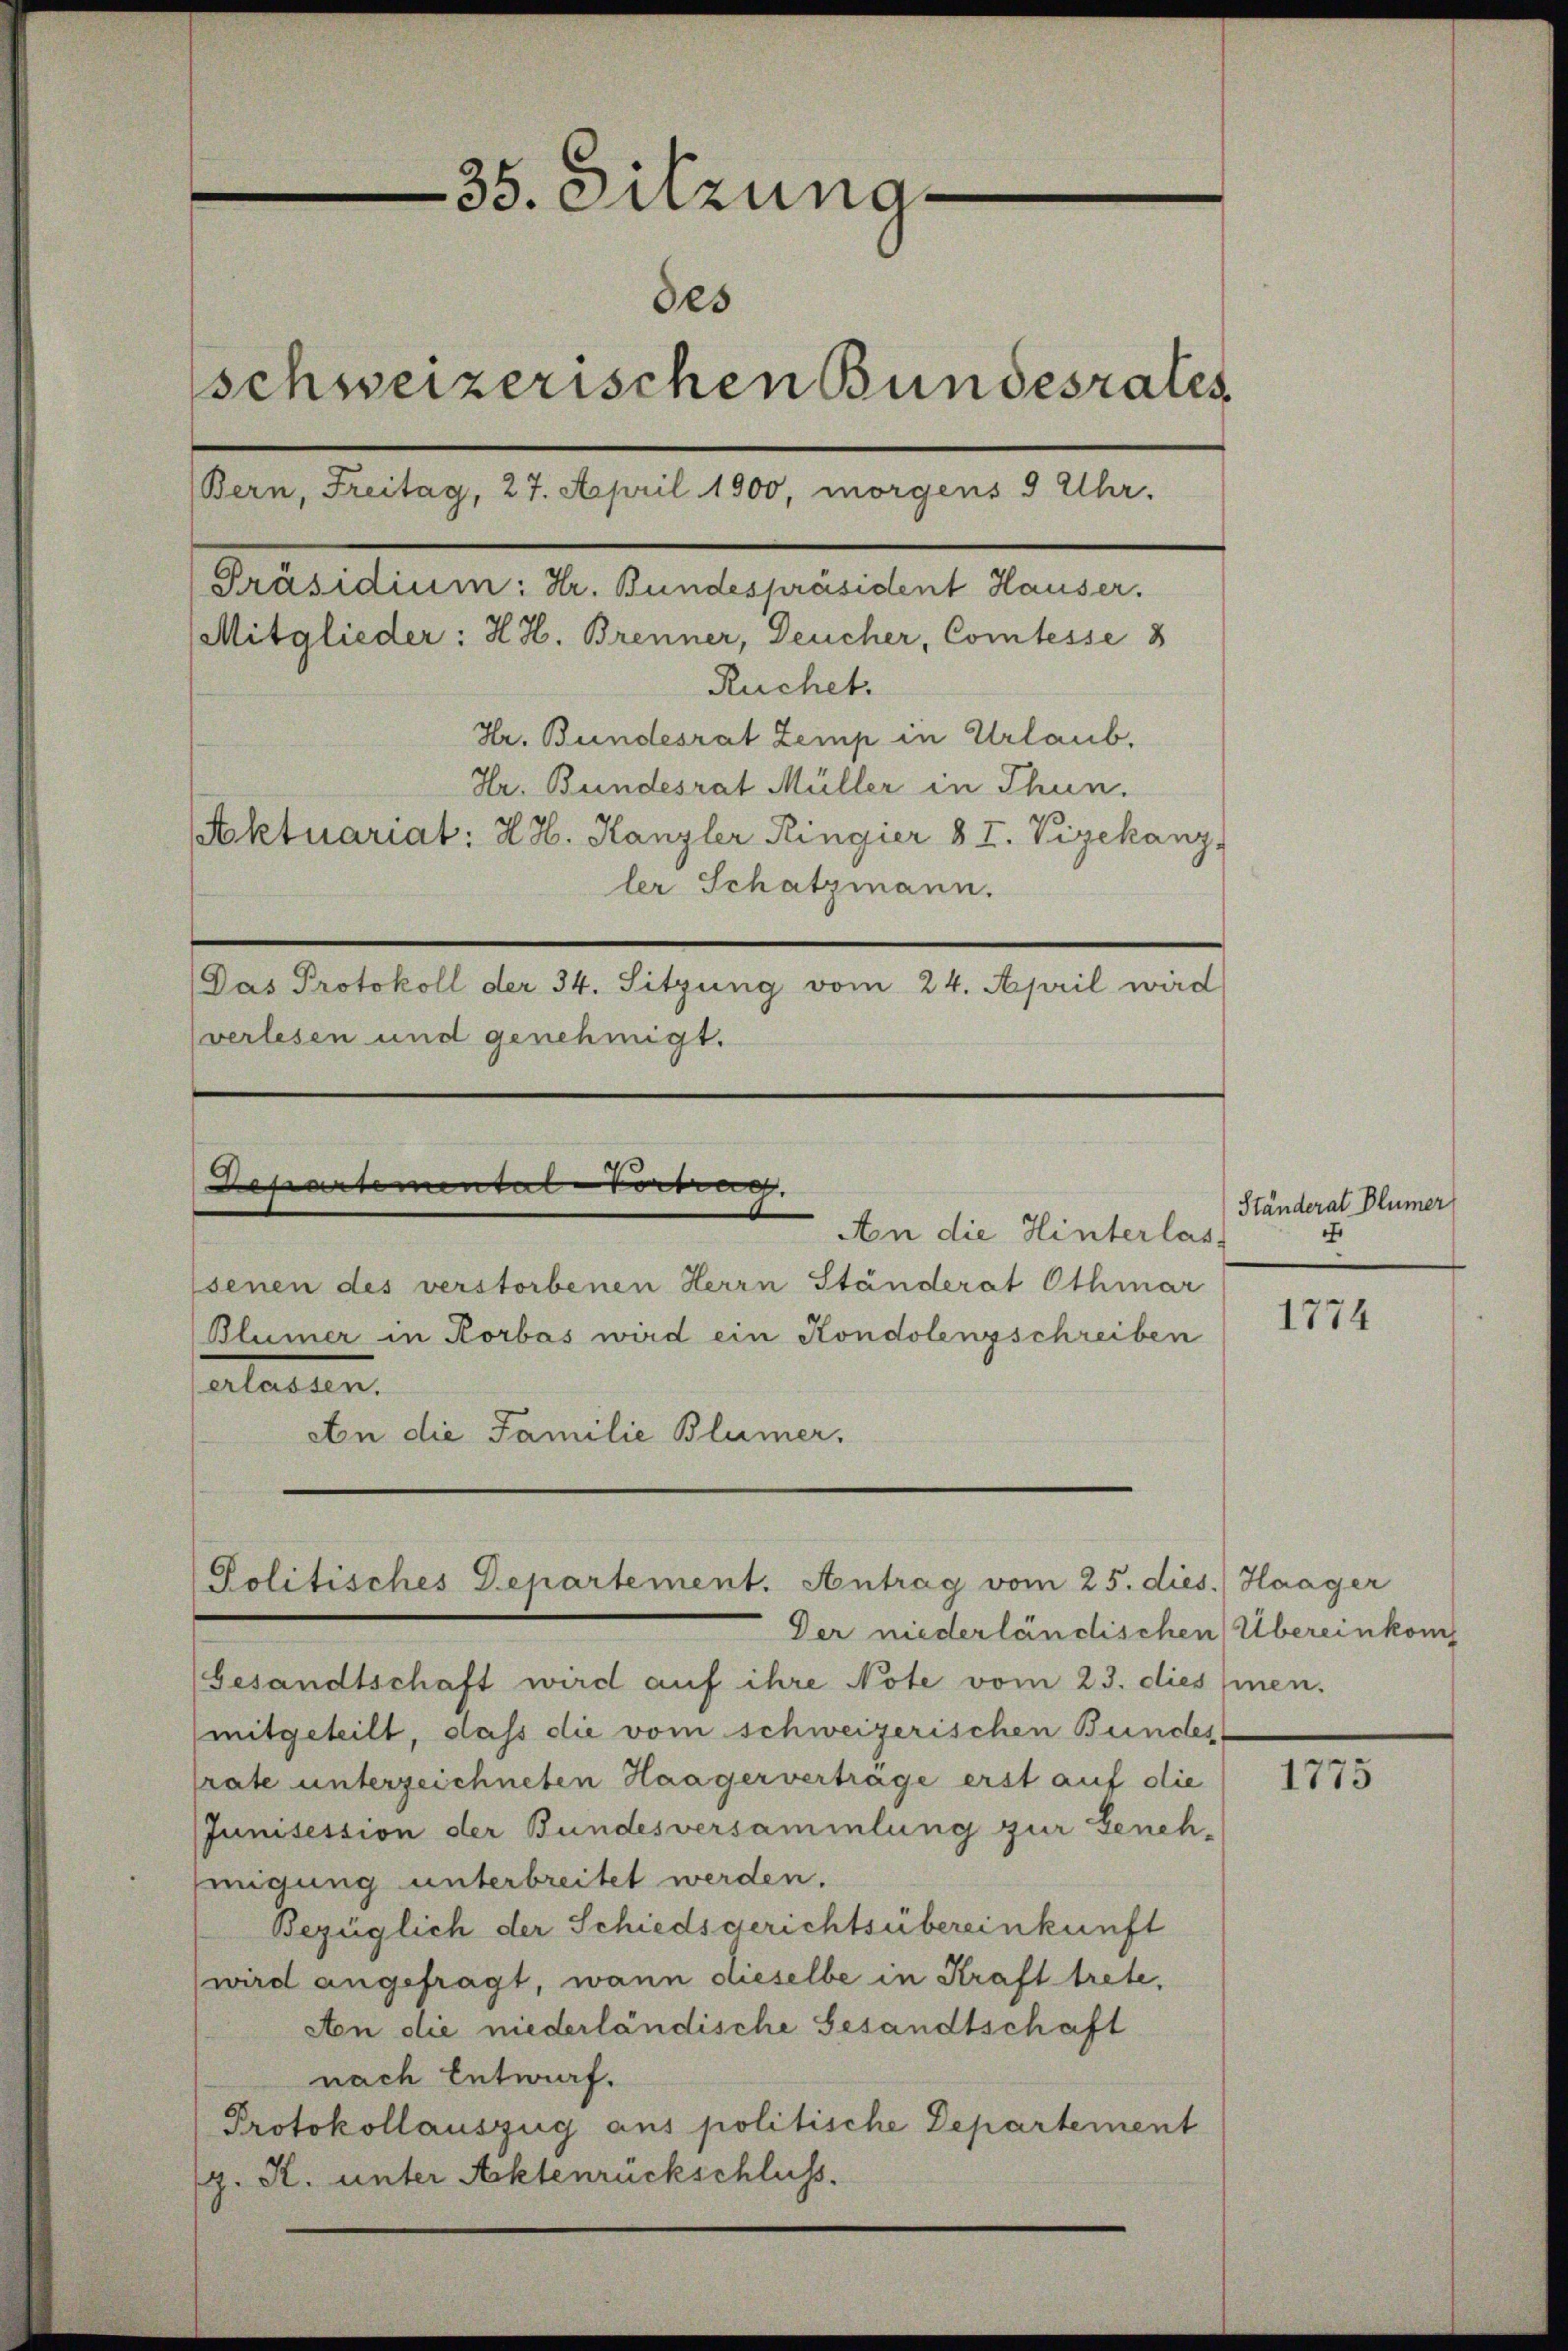
35. Sitzung
des
schweizerischen Bundesrates
Bern, Freitag, 27. April 1900, morgens 9 Uhr.
Präsidium: Hr. Bundespräsident Hauser.
Mitglieder: H. H. Brenner, Deucher, Comtesse 8
Ruchet.
Hr. Bundesrat Zemp in Urlaub,
Hr. Bundesrat Müller in Thun.
Aktuariat: H. H. Kanzler Ringier § I. Vizekanz
ler Schatzmann.
Das Protokoll der 34. Sitzung vom 24. April wird
(verlesen und genehmigt.

Departementale Vortrag
An die Hinterlas

senen des verstorbenen Herrn Ständerat Othmar
Blümer in Korbas wird ein Kondolenzschreiben
erlassen.
An die Familie Blümer,

Politisches Departement. Antrag vom 25. dies. Haager
Der niederländischen Übereinkomp

(Gesandtschaft wird auf ihre Note vom 23. diesen.
mitgeteilt, dass die vom schweizerischen Bundes
rate unterzeichneten Haagervertrage erst auf die
Junisession der Bundesversammlung zur Genehmigung unterbreitet werden.
Bezüglich der Schiedsgerichtsübereinkunft
wird angefragt, wann dieselbe in Kraft trete,
An die niederländische Gesandtschaft
nach Entwurf.
Protokollauszug aus politische Departement
z. R. unter Aktenrückschluss.

Ständerat Blümer
4

1774

1775